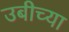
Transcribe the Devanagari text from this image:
उबीच्या